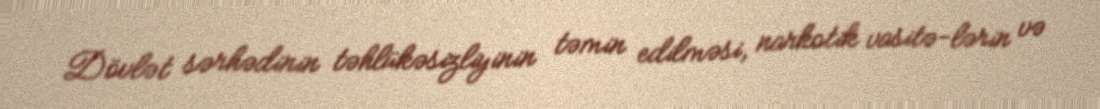
Dövlət sərhədinin təhlükəsizliyinin təmin edilməsi, narkotik vasitə­lərin və